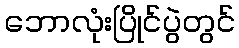
ဘောလုံးပြိုင်ပွဲတွင်